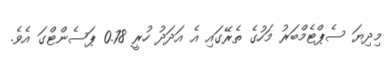
މިދިޔަ ސެޕްޓެމްބަރު މަހުގެ ތެރޭގައި އެ އަދަދު ހުރީ 0.78 ޕަސެންޓްގަ އެވެ.